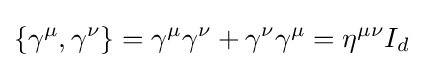
\left\{\gamma ^{\mu },\gamma ^{\nu }\right\}=\gamma ^{\mu }\gamma ^{\nu }+\gamma ^{\nu }\gamma ^{\mu }=\eta ^{\mu \nu }I_{d}